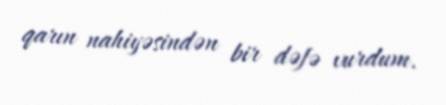
qarın nahiyəsindən bir dəfə vurdum.